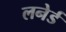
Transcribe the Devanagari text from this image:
लनेर्ड